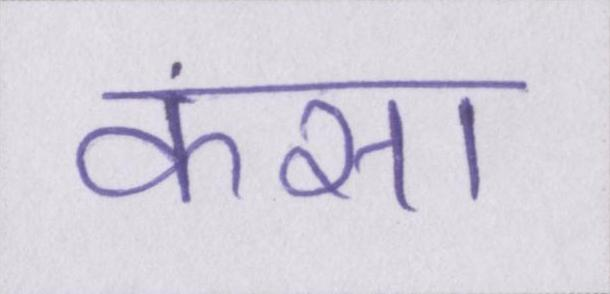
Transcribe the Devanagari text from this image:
कसा